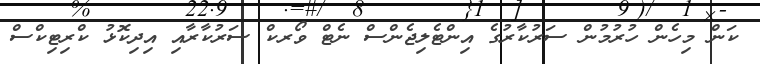
ކަން މިހެން ހުރުމުން ސަރުކާރުގެ އިންޓެލިޖެންސް ނެޓް ވޯރކް ސަރުކާރާއި އިދިކޮޅު ކްރިޓިކްސް